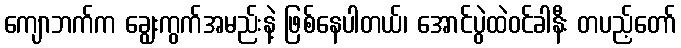
ကျောဘက်က ချွေးကွက်အမည်းနဲ့ ဖြစ်နေပါတယ်၊ အောင်ပွဲထဲဝင်ခါနီး တပည့်တော်